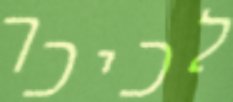
לכיכר